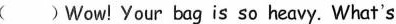
( )Wow! Your bag is so heavy. What's